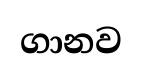
ගානව